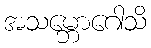
အသမ္ဘောဂေါသိ